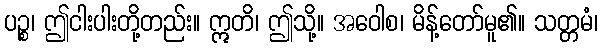
ပဉ္စ၊ ဤငါးပါးတို့တည်း။ ဣတိ၊ ဤသို့။ အဝေါစ၊ မိန့်တော်မူ၏။ သတ္တမံ၊